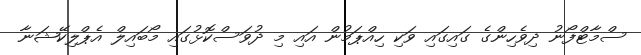
ސްމާޓްފޯނު ދިވެހިންގެ ގައިގައި ވަކި ހިއްޕަމުން އައި މި ދުވަސްކޮޅުގައި މޯބައިލް އެޕްލިކޭޝަނާ